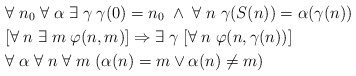
\begin{align*}& \forall \; n_0 \; \forall \; \alpha \; \exists \; \gamma \; \gamma(0) =n_0 \; \wedge \; \forall \; n \; \gamma(S(n))=\alpha(\gamma(n)) \\ & [\forall \; n \; \exists \; m \; \varphi(n,m)]\Rightarrow \exists \; \gamma \; [\forall \; n \; \varphi(n, \gamma(n))] \\& \forall \; \alpha \; \forall \; n \; \forall \; m \; (\alpha(n)=m \vee \alpha(n)\neq m)\end{align*}